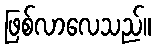
ဖြစ်လာလေသည်။